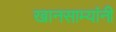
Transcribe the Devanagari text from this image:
खानसाम्यांनी